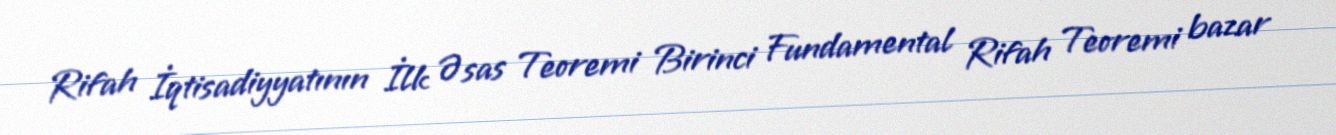
Rifah İqtisadiyyatının İlk Əsas Teoremi Birinci Fundamental Rifah Teoremi bazar